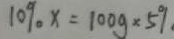
1 0 \% x = 1 0 0 g \times 5 \%